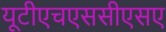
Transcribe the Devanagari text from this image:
यूटीएचएससीएसए